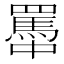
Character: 𦌭